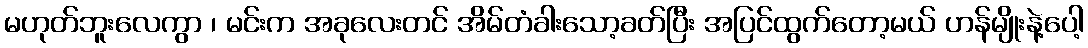
မဟုတ်ဘူးလေကွာ ၊ မင်းက အခုလေးတင် အိမ်တံခါးသော့ခတ်ပြီး အပြင်ထွက်တော့မယ် ဟန်မျိုးနဲ့ပေါ့